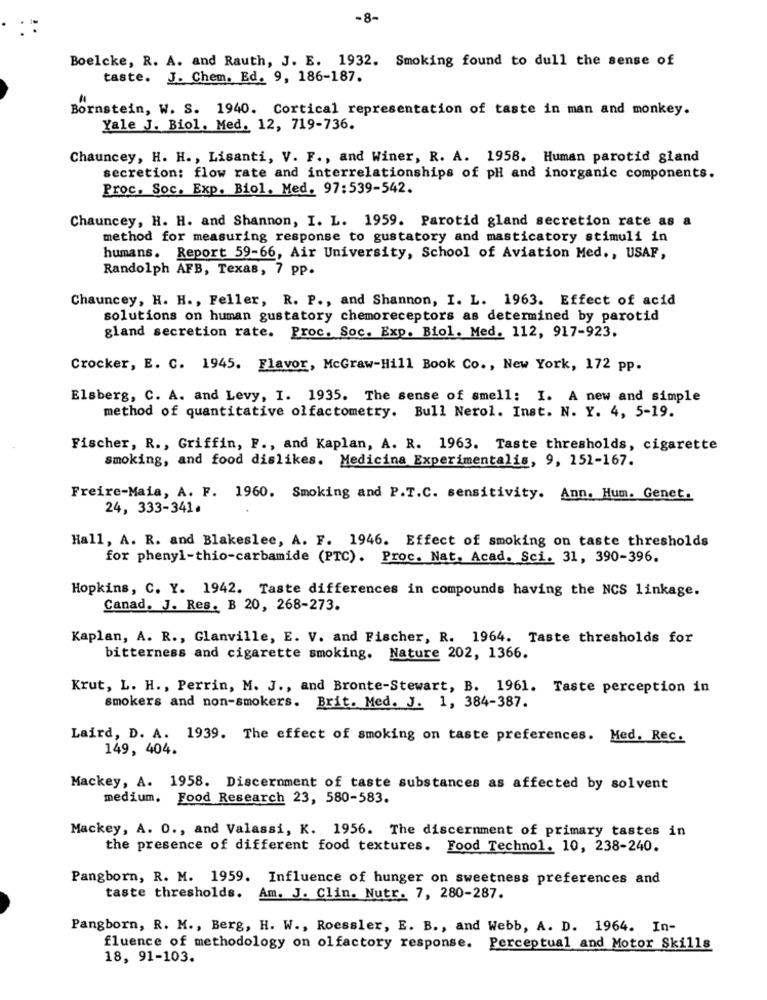
-8-
Boelcke, R. A. and Rauth, J. E. 1932. Smoking found to dull the sense of
taste. J. Chem. Ed. 9, 186-187.
Bornstein, W. S. 1940. Cortical representation of taste in man and monkey.
Yale J. Biol. Med. 12, 719-736.
Chauncey, H. H ., Lisanti, V. F ., and Winer, R. A. 1958. Human parotid gland
secretion: flow rate and interrelationships of pH and inorganic components.
Proc. Soc. Exp. Biol. Med. 97:539-542.
Chauncey, H. H. and Shannon, I. L. 1959. Parotid gland secretion rate as a
method for measuring response to gustatory and masticatory stimuli in
humans. Report 59-66, Air University, School of Aviation Med ., USAF,
Randolph AFB, Texas, 7 pp.
Chauncey, H. H ., Feller, R. P ., and Shannon, I. L. 1963. Effect of acid
solutions on human gustatory chemoreceptors as determined by parotid
gland secretion rate. Proc. Soc. Exp. Biol. Med. 112, 917-923.
Crocker, E. C. 1945. Flavor, McGraw-Hill Book Co ., New York, 172 pp.
Elsberg, C. A. and Levy, I. 1935. The sense of smell; I. A new and simple
method of quantitative olfactometry. Bull Nerol. Inst. N. Y. 4, 5-19.
Fischer, R ., Griffin, F ., and Kaplan, A. R. 1963. Taste thresholds, cigarette
smoking, and food dislikes. Medicina Experimentalis, 9, 151-167.
Freire-Maia, A. F. 1960. Smoking and P.T.C. sensitivity. Ann. Hum. Genet.
24, 333-341.
Hall, A. R. and Blakeslee, A. F. 1946. Effect of smoking on taste thresholds
for phenyl-thio-carbamide (PTC). Proc. Nat. Acad. Sci. 31, 390-396.
Hopkins, C. Y. 1942. Taste differences in compounds having the NCS linkage.
Canad. J. Res. B 20, 268-273.
Kaplan, A. R ., Glanville, E. V. and Fischer, R. 1964. Taste thresholds for
bitterness and cigarette smoking. Nature 202, 1366.
Krut, L. H ., Perrin, M. J ., and Bronte-Stewart, B. 1961. Taste perception in
smokers and non-smokers. Brit. Med. J. 1, 384-387.
Laird, D. A. 1939. The effect of smoking on taste preferences. Med. Rec.
149, 404.
Mackey, A. 1958. Discernment of taste substances as affected by solvent
medium. Food Research 23, 580-583.
Mackey, A. O ., and Valassi, K. 1956. The discernment of primary tastes in
the presence of different food textures. Food Technol. 10, 238-240.
Pangborn, R. M. 1959. Influence of hunger on sweetness preferences and
taste thresholds. Am. J. Clin. Nutr. 7, 280-287.
Pangborn, R. M ., Berg, H. W ., Roessler, E. B ., and Webb, A. D. 1964. In-
fluence of methodology on olfactory response. Perceptual and Motor Skills
18, 91-103.